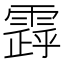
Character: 𩄗